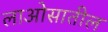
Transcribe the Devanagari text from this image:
लाओसातील